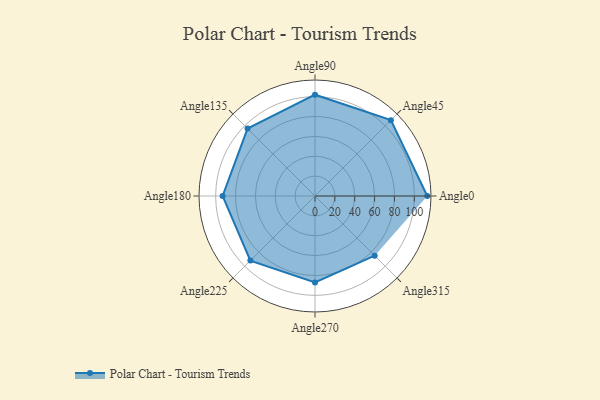
{"axis": {"x": "Angle", "y": "Radius"}, "legend": [""], "data": [{"x": "Angle0", "y": 113.0, "type": ""}, {"x": "Angle45", "y": 108.0, "type": ""}, {"x": "Angle90", "y": 102.0, "type": ""}, {"x": "Angle135", "y": 96.0, "type": ""}, {"x": "Angle180", "y": 93.0, "type": ""}, {"x": "Angle225", "y": 92.0, "type": ""}, {"x": "Angle270", "y": 87.0, "type": ""}, {"x": "Angle315", "y": 85.0, "type": ""}]}